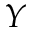
Y